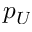
p _ { U }